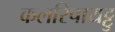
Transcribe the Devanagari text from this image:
कलरिपायट्टु